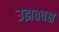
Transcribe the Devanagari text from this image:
उझतवक्ष